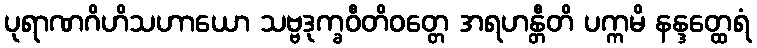
ပုရာဏဂိဟိသဟာယော သဗ္ဗဒုက္ခဝီတိဝတ္တေ အရဟန္တီတိ ပက္ကမိ နန္ဒတ္ထေရံ